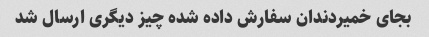
بجای خمیردندان سفارش داده شده چیز دیگری ارسال شد